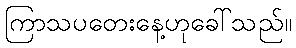
ကြာသပတေးနေ့ဟုခေါ်သည်။